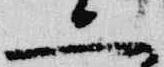
二